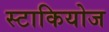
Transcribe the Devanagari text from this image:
स्टाकियोज